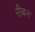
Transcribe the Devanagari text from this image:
रीबन